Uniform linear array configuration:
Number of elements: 12
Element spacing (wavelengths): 0.5
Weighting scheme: kaiser
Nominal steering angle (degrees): -45
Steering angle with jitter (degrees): -43.124
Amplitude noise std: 0.05
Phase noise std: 0.05

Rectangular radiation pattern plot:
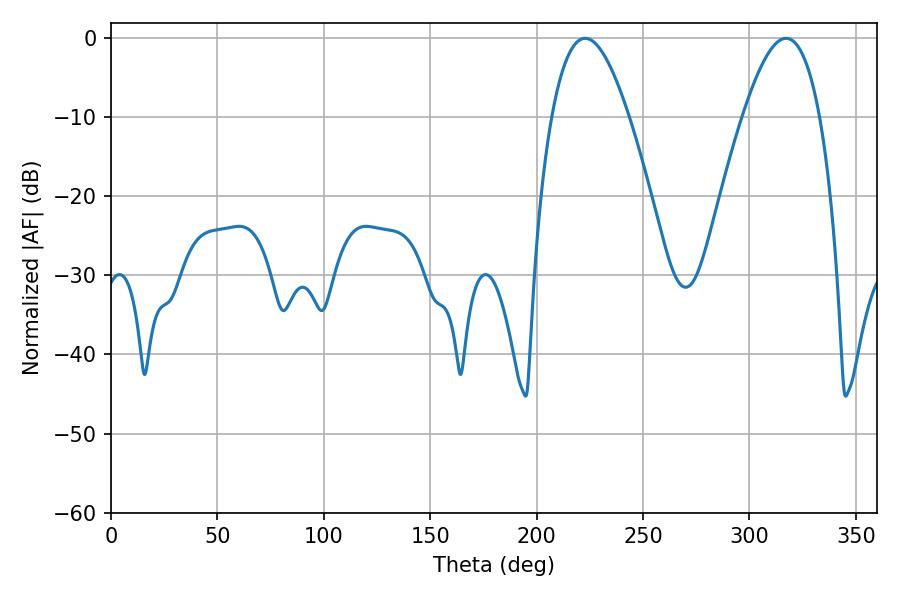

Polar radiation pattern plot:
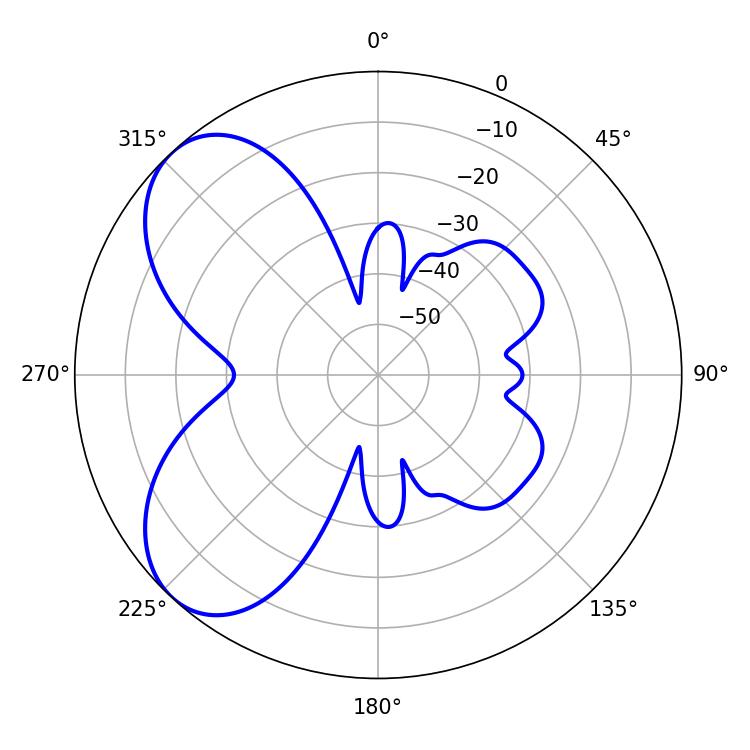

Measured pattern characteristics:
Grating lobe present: FALSE
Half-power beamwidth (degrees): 19.8
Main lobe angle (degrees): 222.84